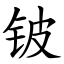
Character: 铍